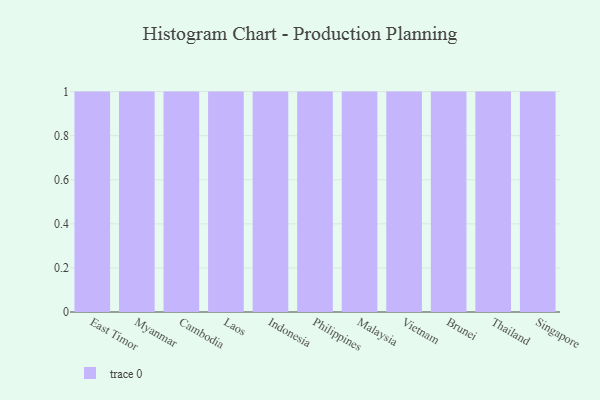
{"axis": {"x": "Country", "y": "Net Income (USD K)"}, "legend": [""], "data": [{"x": "East Timor", "y": 73, "type": ""}, {"x": "Myanmar", "y": 55, "type": ""}, {"x": "Cambodia", "y": 82, "type": ""}, {"x": "Laos", "y": 12, "type": ""}, {"x": "Indonesia", "y": 3, "type": ""}, {"x": "Philippines", "y": 79, "type": ""}, {"x": "Malaysia", "y": 88, "type": ""}, {"x": "Vietnam", "y": 37, "type": ""}, {"x": "Brunei", "y": 67, "type": ""}, {"x": "Thailand", "y": 98, "type": ""}, {"x": "Singapore", "y": 14, "type": ""}]}